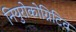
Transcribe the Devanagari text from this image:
नियुरोकोग्निटिव